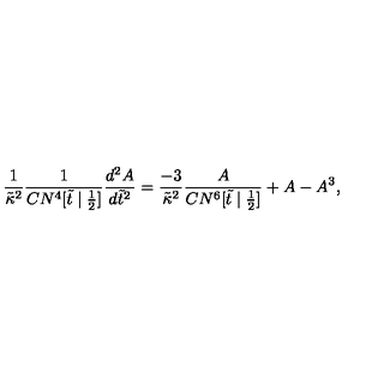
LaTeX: \frac { 1 } { \tilde { \kappa } ^ { 2 } } \frac { 1 } { C N ^ { 4 } [ \tilde { t } \mid \frac { 1 } { 2 } ] } \frac { d ^ { 2 } A } { d \tilde { t } ^ { 2 } } = \frac { - 3 } { \tilde { \kappa } ^ { 2 } } \frac { A } { C N ^ { 6 } [ \tilde { t } \mid \frac { 1 } { 2 } ] } + A - A ^ { 3 } ,